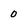
Character: 0